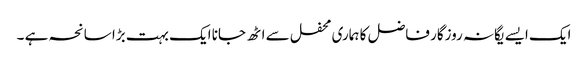
ایک ایسے یگانہ روزگار فاضل کا ہماری محفل سے اٹھ جانا ایک بہت بڑا سانحہ ہے ۔